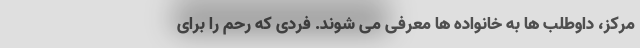
مرکز، داوطلب ها به خانواده ها معرفی می شوند. فردی که رحم را برای